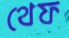
থেফ